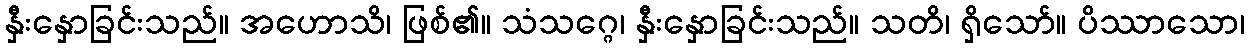
နှီးနှောခြင်းသည်။ အဟောသိ၊ ဖြစ်၏။ သံသဂ္ဂေ၊ နှီးနှောခြင်းသည်။ သတိ၊ ရှိသော်။ ပိဿာသော၊